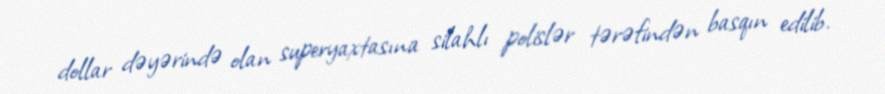
dollar dəyərində olan superyaxtasına silahlı polislər tərəfindən basqın edilib.